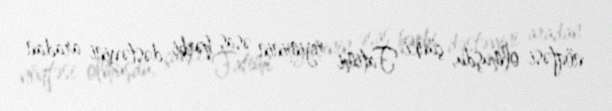
nöqtəsi olmuşdu, çünki Fatimi rejiminin əsas hərbi dəstəyini aradan